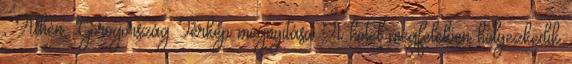
, Athén, Görögország Térkép megnyitása A hotel megfelelően helyezkedik